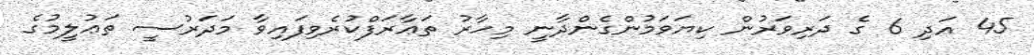
45 އަދި 6 ގެ ދަރިވަރުން ކިޔަވަމުންގެންދާނީ މިހާރު ތަޢާރަފްކުރެވިފައިވާ މަދަރުސީ ތަޢުލީމުގެ